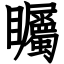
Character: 矚